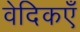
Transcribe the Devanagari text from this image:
वेदिकएँ